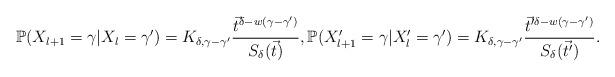
LaTeX: \begin{align*}\mathbb{P}(X_{l+1}=\gamma|X_{l}=\gamma^{\prime})=K_{\delta,\gamma-\gamma^{\prime}}\frac{\vec{t}^{\delta-w(\gamma-\gamma^{\prime})}}{S_{\delta}(\vec{t})},\mathbb{P}(X_{l+1}^{\prime}=\gamma|X_{l}^{\prime}=\gamma^{\prime})=K_{\delta,\gamma-\gamma^{\prime}}\frac{\vec{t}^{\prime\delta-w(\gamma-\gamma^{\prime})}}{S_{\delta}(\vec{t}^{\prime})}.\end{align*}